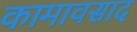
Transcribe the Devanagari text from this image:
कामावसाद